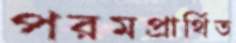
পরমপ্রার্থিত